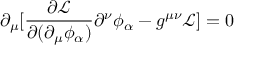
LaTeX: \partial _ { \mu } [ { \frac { \partial { \mathcal { L } } } { \partial ( \partial _ { \mu } \phi _ { \alpha } ) } } \partial ^ { \nu } \phi _ { \alpha } - g ^ { \mu \nu } { \mathcal { L } } ] = 0